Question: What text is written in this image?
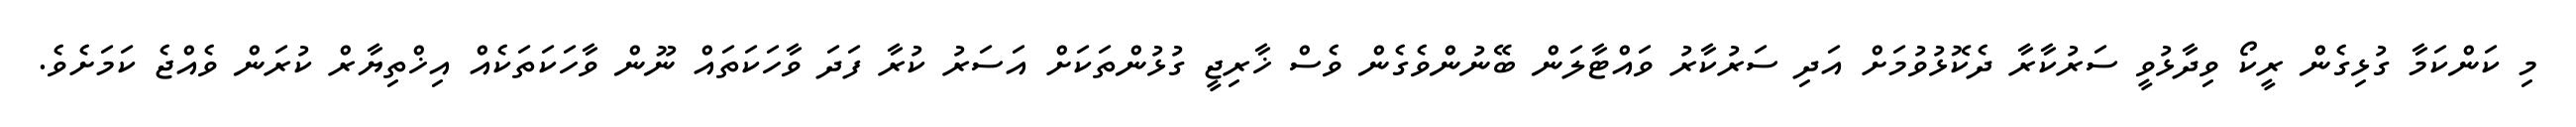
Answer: މި ކަންކަމާ ގުޅިގެން ރީކޯ ވިދާޅުވީ ސަރުކާރާ ދެކޮޅުވުމަށް އަދި ސަރުކާރު ވައްޓާލަން ބޭނުންވެގެން ވެސް ޚާރިޖީ ގުޅުންތަކަށް އަސަރު ކުރާ ފަދަ ވާހަކަތައް ނޫން ވާހަކަތަކެއް އިޚްތިޔާރް ކުރަން ވެއްޖެ ކަމަށެވެ.